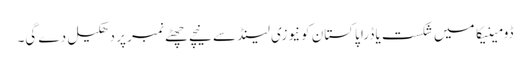
ڈومینیکا میں شکست یا ڈرا پاکستان کونیوزی لینڈ سے نیچے چھٹے نمبر پر دھکیل دے گی۔